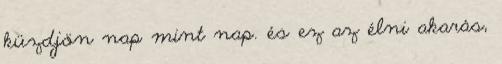
küzdjön nap mint nap. és ez az élni akarás,